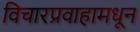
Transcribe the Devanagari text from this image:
विचारप्रवाहामधून